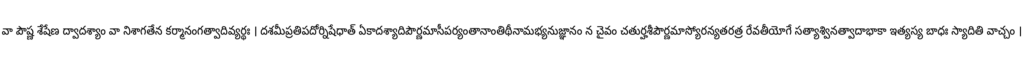
వా పౌష్ణ శేషేణ ద్వాదశ్యాం వా నిశాగతేన కర్మానంగత్వాదివ్యర్థః । దశమీప్రతిపదోర్నిషేధాత్ ఏకాదశ్యాదిపౌర్ణమాసీపర్యంతానాంతిథీనామభ్యనుజ్ఞానం న చైవం చతుర్హశీపౌర్ణమాస్యోరన్యతరత్ర రేవతీయోగే సత్యాశ్వినత్వాదాభాకా ఇత్యస్య బాధః స్యాదితి వాచ్చం ।